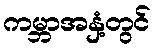
ကမ္ဘာအနှံ့တွင်